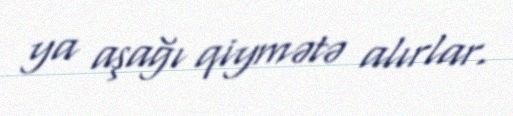
ya aşağı qiymətə alırlar.